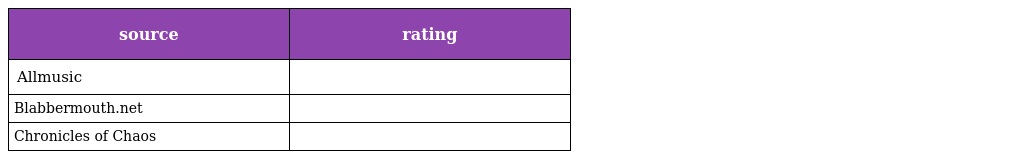
| source | rating |
 | --- | --- |
 | Allmusic |  |
 | Blabbermouth.net |  |
 | Chronicles of Chaos |  |